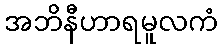
အဘိနီဟာရမူလကံ